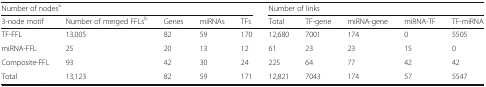
<table><thead><tr><td colspan="5"><b>Number of nodes<sup>a</sup></b></td><td colspan="5"><b>Number of links</b></td></tr><tr><td><b>3-node motif</b></td><td><b>Number of merged FFLs<sup>b</sup></b></td><td><b>Genes</b></td><td><b>miRNAs</b></td><td><b>TFs</b></td><td><b>Total</b></td><td><b>TF-gene</b></td><td><b>miRNA-gene</b></td><td><b>miRNA-TF</b></td><td><b>TF-miRNA</b></td></tr></thead><tbody><tr><td>TF-FFL</td><td>13,005</td><td>82</td><td>59</td><td>170</td><td>12,680</td><td>7001</td><td>174</td><td>0</td><td>5505</td></tr><tr><td>miRNA-FFL</td><td>25</td><td>20</td><td>13</td><td>12</td><td>61</td><td>23</td><td>23</td><td>15</td><td>0</td></tr><tr><td>Composite-FFL</td><td>93</td><td>42</td><td>30</td><td>24</td><td>225</td><td>64</td><td>77</td><td>42</td><td>42</td></tr><tr><td>Total</td><td>13,123</td><td>82</td><td>59</td><td>171</td><td>12,821</td><td>7043</td><td>174</td><td>57</td><td>5547</td></tr></tbody></table>